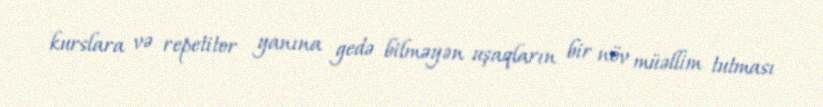
kurslara və repetitor yanına gedə bilməyən uşaqların bir növ müəllim tutması